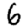
Digit: 6